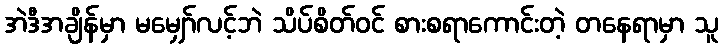
အဲဒီအချိန်မှာ မမျှော်လင့်ဘဲ သိပ်စိတ်ဝင် စားစရာကောင်းတဲ့ တနေရာမှာ သူ